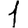
Digit: 1